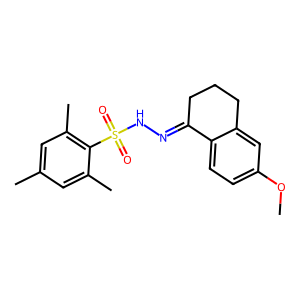
SMILES: COc1ccc2c(c1)CCCC2=NNS(=O)(=O)c1c(C)cc(C)cc1C
Inhibits HIV replication: No